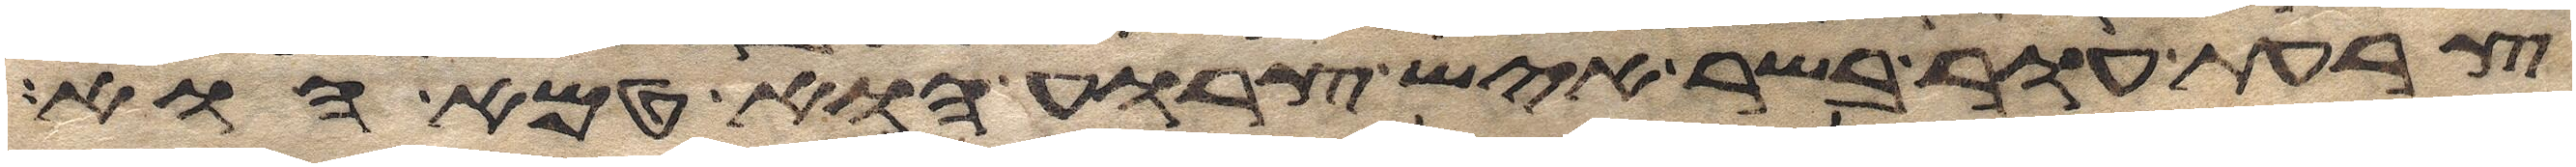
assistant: צרעת עור בשר איש צרוע הוא טמא הוא